Juuru_vallavalitsus, lk 28
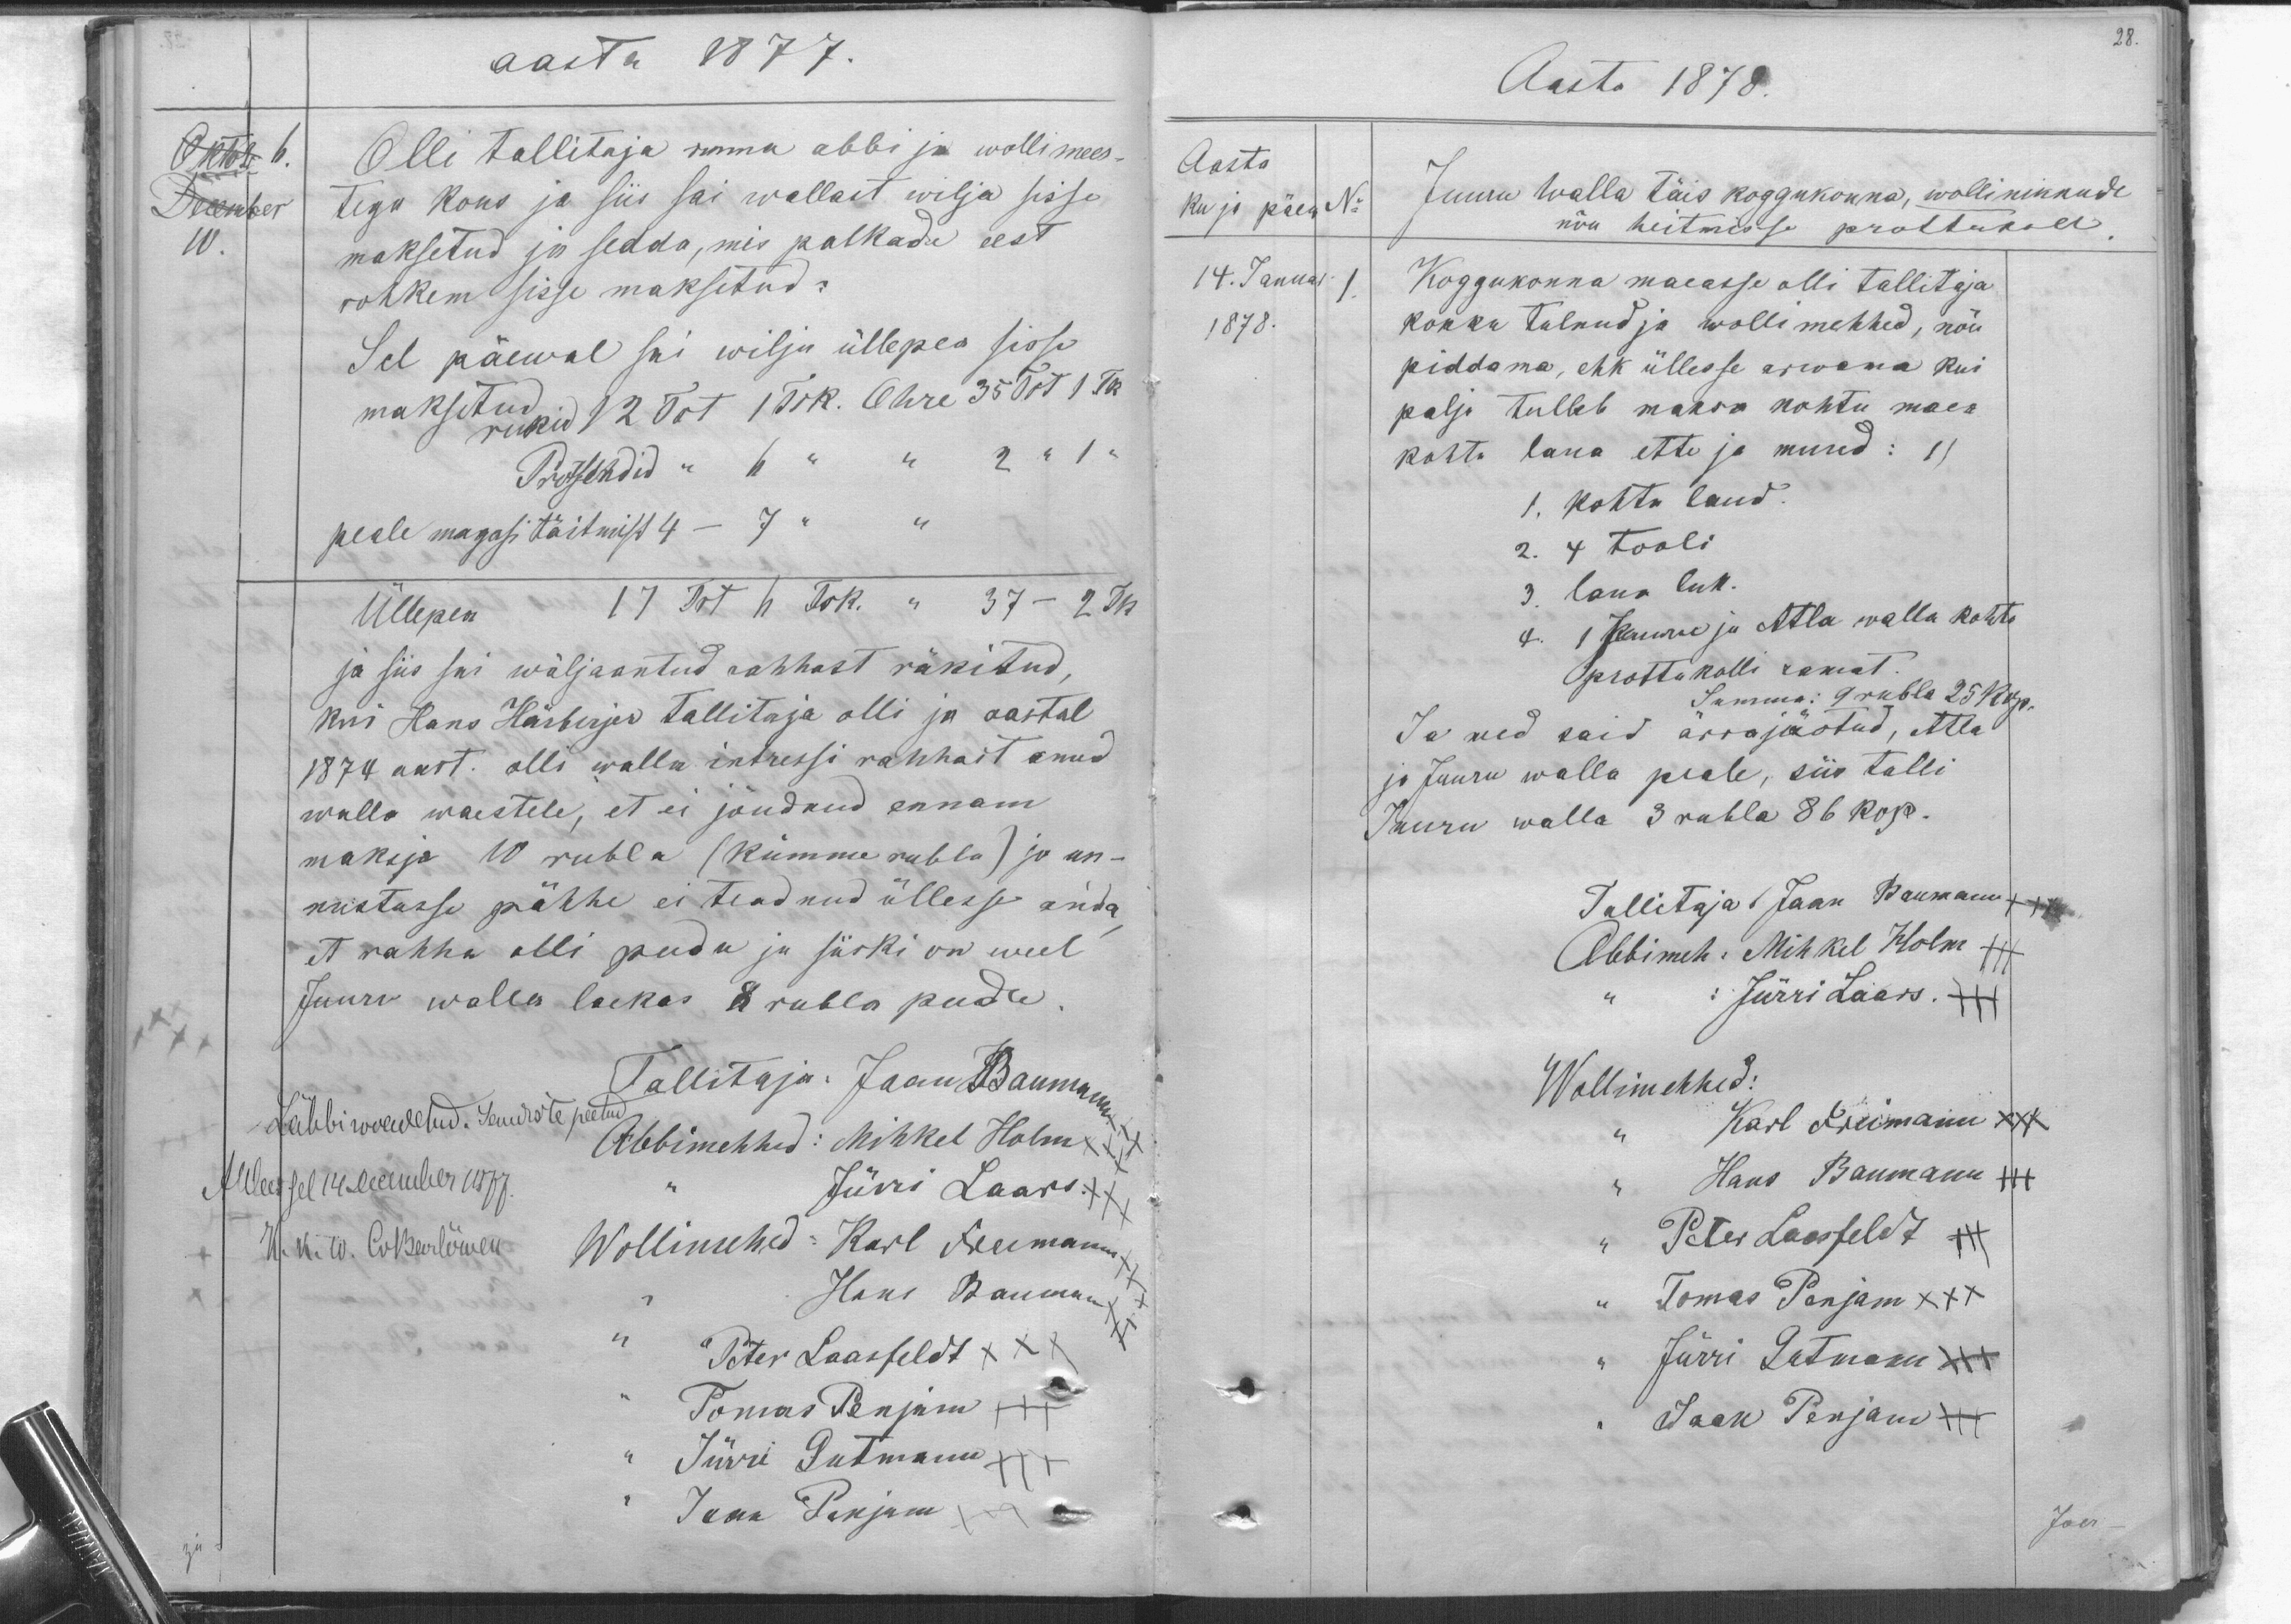
aasta 1877.
Oktob 6.
December
W.
Olli tallitaja ommaa abbi ja wollimees-
tega kous ja siis sai wallast wilja sisse
maksetud ja sedda, mis palkade eest
rohkem sisse maksetud:
Sel päewal sai wilju üllepea sisse
makstudud 12 Õrt Õrs. Ohre 35 Õrt 1 Tk.
rukid
Protsendid " 6 " " " 2 " 1 "
peale magasi täitmist 4 - 7 " " "
Üllepea - 17 Õrt h. Trk. - 37-2 Tk.
ja siis sai wäljaantud rahhast räkitud,
Kui Hans Härberjer tallitaja olli ja aastal
1874 aast. olli walla intressi rahhast anud
walla waestele, et ei jõudnud ennam
maksja 10 rubla (kümme rubla) ja an-
nustasse pähhe ei teadnud üllesse anda
et rahha olli pudu ja järki on weel
Juuru walla laekas 8 rubla pudu.
Läbbi wõewetud. Juurde peetud
Attlas sel 14. December 1877.
K.K.W Cvberböwen
Tallitaja: Jaan Baumann
Abbimehhed: Mihkel Holm
Jüri Laars XXX
Wollimehed: Karl Neumann xxx
Hans Baumann
Peter Laanfeldt XXX
Tomas Penjam
Jürri Gutmann
Jaan Penjam

28.
Aasta 1878.
Aasta
ku jo päew.
No:
14. Januar I.
1878.
Juuru walla täis koggukonna, wollinikkude
nõu heitmisse prottukoll
Koggukonna maeasse olli tallitaja
kokku tulnud ja wollimehhed, nõu
piddama, ehk üllesse arwama kui
palju tulleb maksu kohtu maer
kohto laua ette ja muud: 11
1. kohtu laud.
2. 4 tooli
3. laua luk.
4. 1 Juuru ja Atla walla kohto
prottukolli ramat
Summa: 9 rubla 25 kop.
Ja need said ärrajäotud, Atla
ja Juuru walla peale, siis talli
Juuru walla 3 rubla 86 kop.
Tallitaja: Jaan Baumann +++
Abbimeh : Mihkel Holm +++
Jürri Laars XXX
Wollimehhed:
Karl Treimann XXX
Hans Baumann
Peter Laasfeldt
Tomas Panjam XXX
Jürri Gutmann
Jaan Penjan